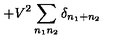
+ V ^ { 2 } \sum _ { n _ { 1 } n _ { 2 } } \delta _ { n _ { 1 } + n _ { 2 } }